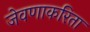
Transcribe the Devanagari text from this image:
जेवणाकरिता